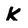
Character: K